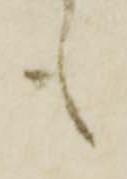
も